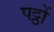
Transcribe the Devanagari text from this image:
पट्ठों